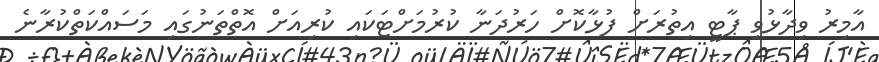
އާމިރު ވިދާޅުވީ ޕާޓީ އިތުރަށް ފުޅާކޮށް ހަރުދަނާ ކުރުމަށްޓަކައި ކުރިއަށް އޮތްތަނުގައި މަސައްކަތްކުރާނެ